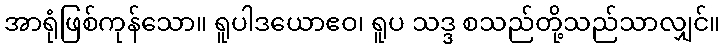
အာရုံဖြစ်ကုန်သော။ ရူပါဒယောဧဝ၊ ရူပ သဒ္ဒ စသည်တို့သည်သာလျှင်။